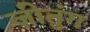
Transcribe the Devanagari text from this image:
ज़ीतुंग